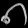
Digit: ၈